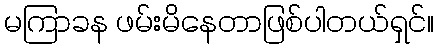
မကြာခန ဖမ်းမိနေတာဖြစ်ပါတယ်ရှင်။